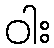
ဝါး